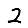
Digit: 2